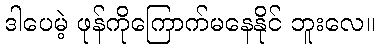
ဒါပေမဲ့ ဖုန်ကိုကြောက်မနေနိုင် ဘူးလေ။